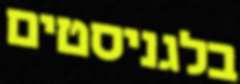
בלגניסטים